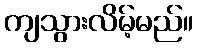
ကျသွားလိမ့်မည်။